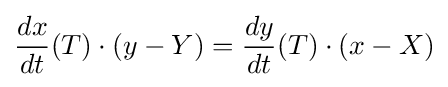
{\frac {dx}{dt}}(T)\cdot (y-Y)={\frac {dy}{dt}}(T)\cdot (x-X)